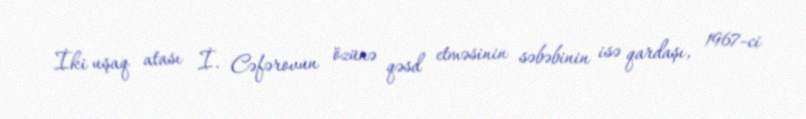
İki uşaq atası İ. Cəfərovun özünə qəsd etməsinin səbəbinin isə qardaşı, 1967-ci